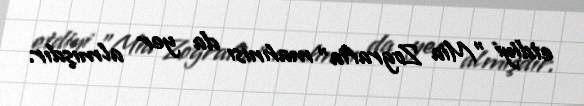
etdiyi "Mia Zografia" mahnısı da yer almışdır.